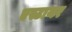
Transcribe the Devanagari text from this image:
एस्टायर